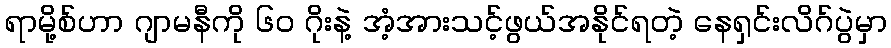
ရာမို့စ်ဟာ ဂျာမနီကို ၆၀ ဂိုးနဲ့ အံ့အားသင့်ဖွယ်အနိုင်ရတဲ့ နေရှင်းလိဂ်ပွဲမှာ